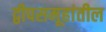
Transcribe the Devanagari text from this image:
द्वीपसमूहांतील